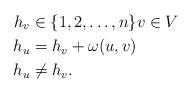
LaTeX: \begin{align*}h_v&\in\{1,2,\ldots,n\} v\in V\\h_u&=h_v+\omega(u,v)\\h_u&\not=h_v.\end{align*}